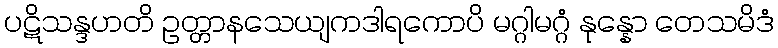
ပဋိသန္ဒဟတိ ဥတ္တာနသေယျကဒါရကောပိ မဂ္ဂါမဂ္ဂံ နုန္နော တေသမိဒံ